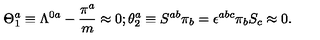
\Theta _ { 1 } ^ { a } \equiv \Lambda ^ { 0 a } - { \frac { \pi ^ { a } } { m } } \approx 0 ; \theta _ { 2 } ^ { a } \equiv S ^ { a b } \pi _ { b } = \epsilon ^ { a b c } \pi _ { b } S _ { c } \approx 0 .